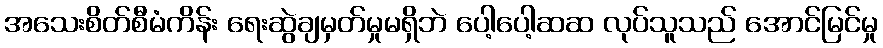
အသေးစိတ်စီမံကိန်း ရေးဆွဲချမှတ်မှုမရှိဘဲ ပေါ့ပေါ့ဆဆ လုပ်သူသည် အောင်မြင်မှု